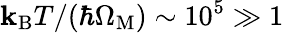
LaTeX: \mathbf{k}_{\mathrm{{B}}}T/(\hbar\Omega_{\mathrm{{M}}})\sim10^{5}\gg1